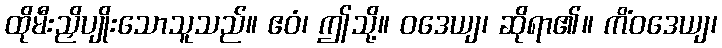
ထိုမီးညှိပျိုးသောသူသည်။ ဧဝံ၊ ဤသို့။ ဝဒေယျ၊ ဆိုရာ၏။ ကိံဝဒေယျ၊